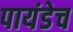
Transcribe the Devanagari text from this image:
पायंडेच